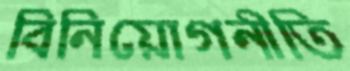
বিনিয়োগনীতি